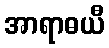
အာရာဓယီ